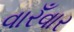
વારઁવાર